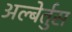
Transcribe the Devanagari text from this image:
अल्बेर्तुस